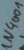
Text: 1N4001